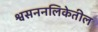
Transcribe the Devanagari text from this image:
श्वसननलिकेतील